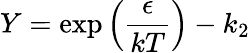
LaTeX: Y=\exp\left({\frac{\epsilon}{kT}}\right)-k_{2}